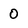
Character: 0